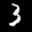
Label: 3